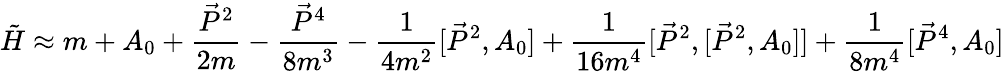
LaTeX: \tilde{H}\approx m+A_{0}+\frac{\vec{P}^{2}}{2m}-\frac{\vec{P}^{4}}{8m^{3}}-\frac{1}{4m^{2}}[\vec{P}^{2},A_{0}]+\frac{1}{16m^{4}}[\vec{P}^{2},[\vec{P}^{2},A_{0}]]+\frac{1}{8m^{4}}[\vec{P}^{4},A_{0}]